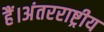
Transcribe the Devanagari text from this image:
हैं।अंतरराष्ट्रीय